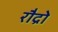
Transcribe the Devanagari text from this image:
रौद्रो